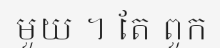
មួយ ។ តែ ពួក